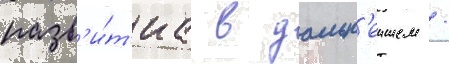
разв'и́т'иа в дальн'еишем /